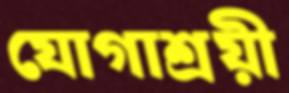
যোগাশ্রয়ী